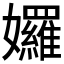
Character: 𡤢